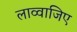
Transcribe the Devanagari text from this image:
लाव्वाजिए